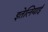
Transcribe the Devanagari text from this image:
इतेलियाई